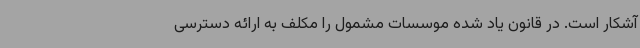
آشکار است. در قانون یاد شده موسسات مشمول را مکلف به ارائه دسترسی